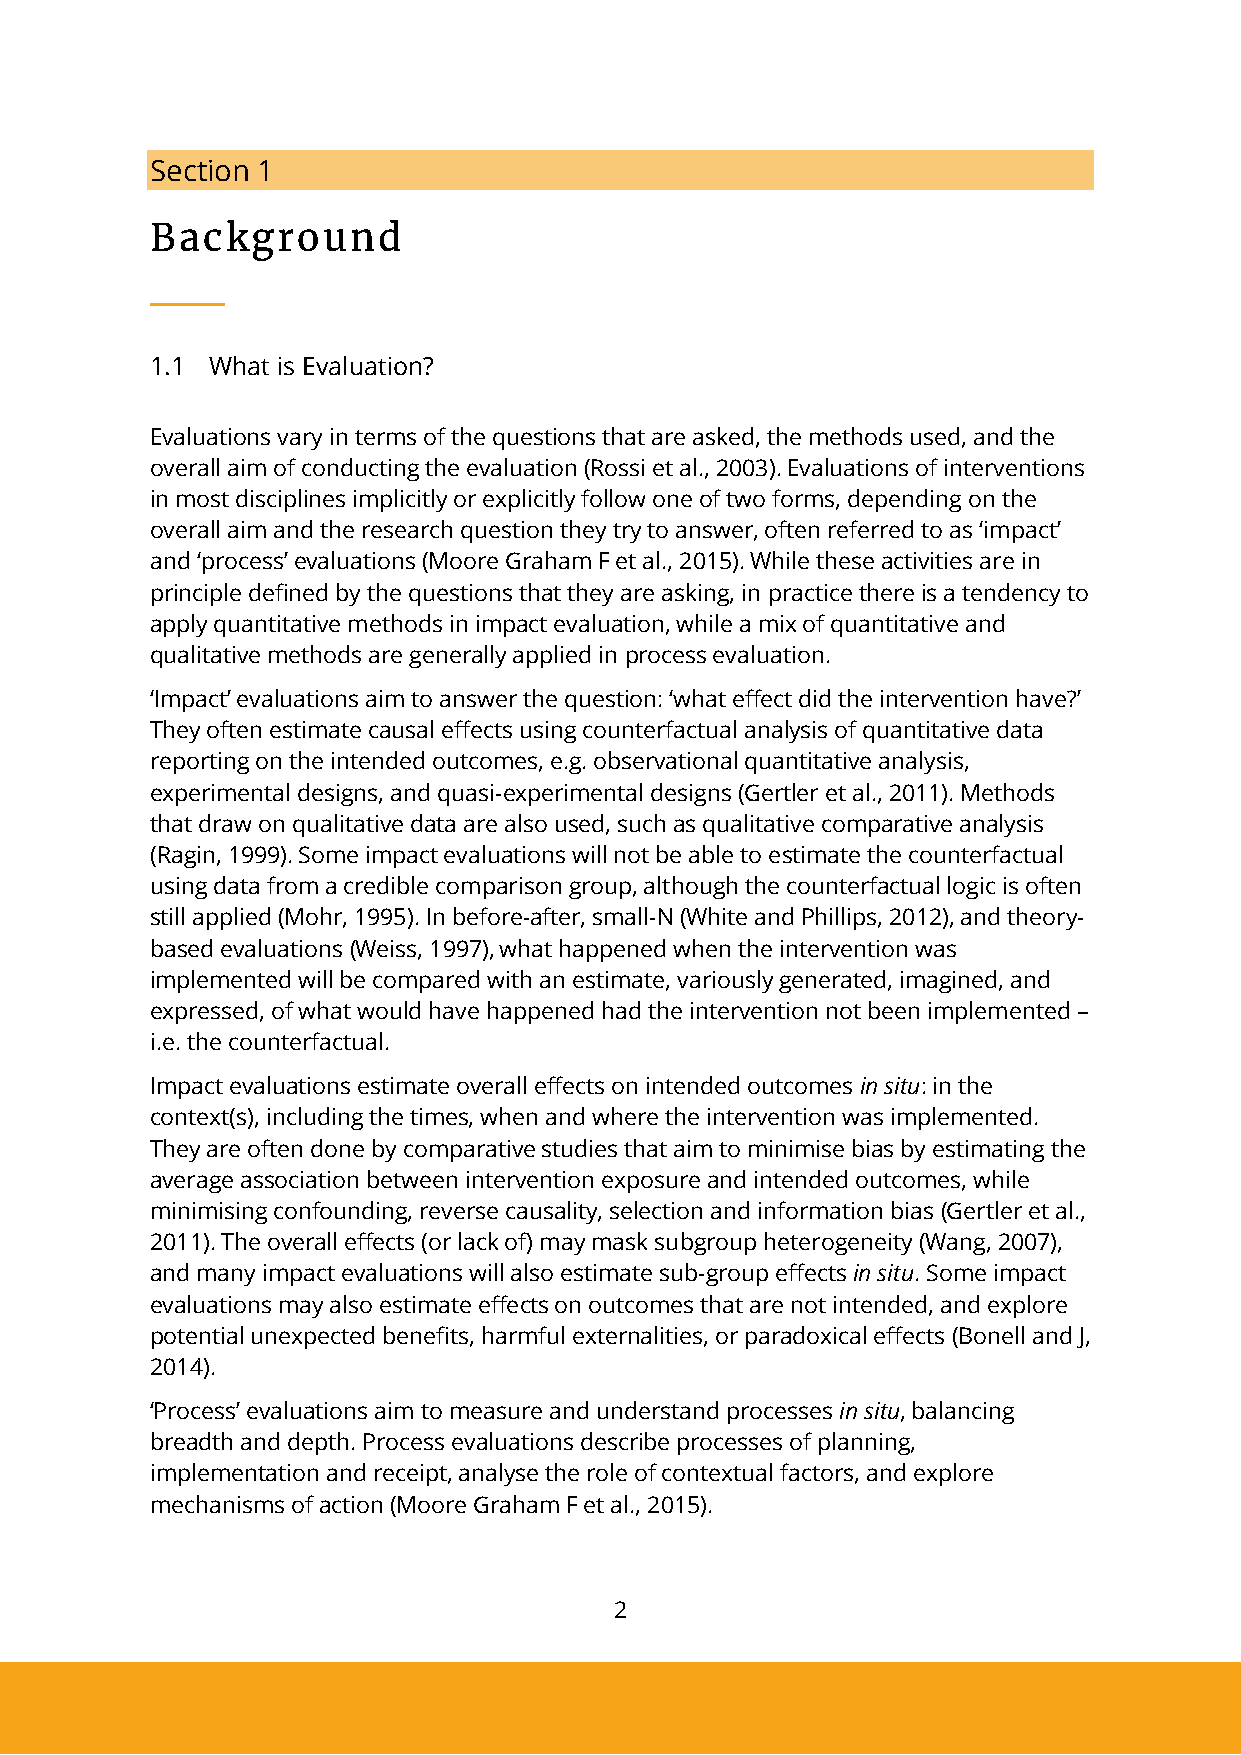
Section 1
 Background
 1.1 What is Evaluation?
 Evaluations vary in terms of the questions that are asked, the methods used, and the
 overall aim of conducting the evaluation (Rossi et al., 2003). Evaluations of interventions
 in most disciplines implicitly or explicitly follow one of two forms, depending on the
 overall aim and the research question they try to answer, often referred to as ‘impact’
 and ‘process’ evaluations (Moore Graham F et al., 2015). While these activities are in
 principle defined by the questions that they are asking, in practice there is a tendency to
 apply quantitative methods in impact evaluation, while a mix of quantitative and
 qualitative methods are generally applied in process evaluation.
 ‘Impact’ evaluations aim to answer the question: ‘what effect did the intervention have?’
 They often estimate causal effects using counterfactual analysis of quantitative data
 reporting on the intended outcomes, e.g. observational quantitative analysis,
 experimental designs, and quasi-experimental designs (Gertler et al., 2011). Methods
 that draw on qualitative data are also used, such as qualitative comparative analysis
 (Ragin, 1999). Some impact evaluations will not be able to estimate the counterfactual
 using data from a credible comparison group, although the counterfactual logic is often
 still applied (Mohr, 1995). In before-after, small-N (White and Phillips, 2012), and theory-
 based evaluations (Weiss, 1997), what happened when the intervention was
 implemented will be compared with an estimate, variously generated, imagined, and
 expressed, of what would have happened had the intervention not been implemented –
 i.e. the counterfactual.
 Impact evaluations estimate overall effects on intended outcomes in situ: in the
 context(s), including the times, when and where the intervention was implemented.
 They are often done by comparative studies that aim to minimise bias by estimating the
 average association between intervention exposure and intended outcomes, while
 minimising confounding, reverse causality, selection and information bias (Gertler et al.,
 2011). The overall effects (or lack of) may mask subgroup heterogeneity (Wang, 2007),
 and many impact evaluations will also estimate sub-group effects in situ. Some impact
 evaluations may also estimate effects on outcomes that are not intended, and explore
 potential unexpected benefits, harmful externalities, or paradoxical effects (Bonell and J,
 2014).
 ‘Process’ evaluations aim to measure and understand processes in situ, balancing
 breadth and depth. Process evaluations describe processes of planning,
 implementation and receipt, analyse the role of contextual factors, and explore
 mechanisms of action (Moore Graham F et al., 2015).
 2